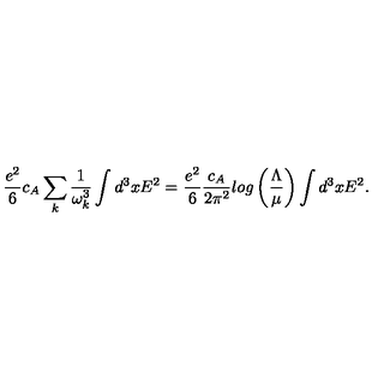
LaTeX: { \frac { e ^ { 2 } } { 6 } } c _ { A } \sum _ { k } { \frac { 1 } { \omega _ { k } ^ { 3 } } } \int d ^ { 3 } x E ^ { 2 } = { \frac { e ^ { 2 } } { 6 } } { \frac { c _ { A } } { 2 \pi ^ { 2 } } } l o g \left( { \frac { \Lambda } { \mu } } \right) \int d ^ { 3 } x E ^ { 2 } .